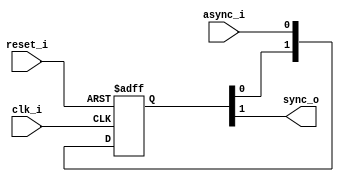
`timescale 1ns / 1ps
/*****************************************************************************/
/* Author   : Conor Dooley                                                   */
/* Date     : ??-November-2019                                               */
/* Function : Synchronises a signal to the FPGA clock, through sampling      */
/*****************************************************************************/
module Synchroniser (
		input wire reset_i, //active high
		input wire clk_i,
		input wire async_i,
		output wire sync_o
	);
	
	//2 bit wise for 2 stage process
	reg [1:0] delayed;

	//two chained flip flops, output of the 1st may be metastable, 2nd is stable
	always @ (posedge clk_i or posedge reset_i)
	begin
		if(reset_i) delayed <= 2'b00;
		else        delayed <= { delayed[0],async_i };
	end

	//assign stable value to output
	assign sync_o = delayed[1];

endmodule